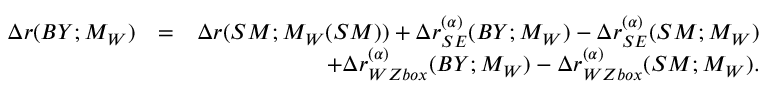
\begin{array} { r l r } { \Delta r ( B Y ; M _ { W } ) } & { = } & { \Delta r ( S M ; M _ { W } ( S M ) ) + \Delta r _ { S E } ^ { ( \alpha ) } ( B Y ; M _ { W } ) - \Delta r _ { S E } ^ { ( \alpha ) } ( S M ; M _ { W } ) } \\ & { } & { + \Delta r _ { W Z b o x } ^ { ( \alpha ) } ( B Y ; M _ { W } ) - \Delta r _ { W Z b o x } ^ { ( \alpha ) } ( S M ; M _ { W } ) . } \end{array}